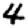
Digit: 4